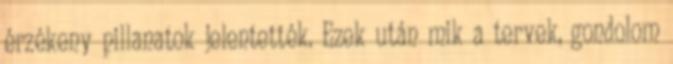
érzékeny pillanatok jelentették. Ezek után mik a tervek, gondolom